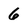
Character: 6